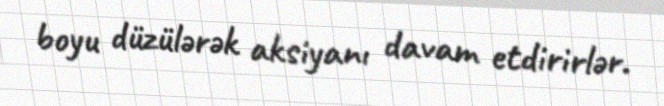
boyu düzülərək aksiyanı davam etdirirlər.